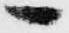
へ